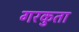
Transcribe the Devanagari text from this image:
गरकुता